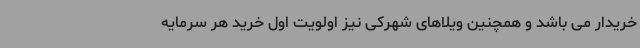
خریدار می باشد و همچنین ویلاهای شهرکی نیز اولویت اول خرید هر سرمایه